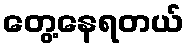
တွေ့နေရတယ်